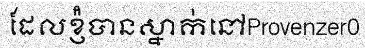
ដែលខ្ញ៉ំបានស្នាក់នៅProvenzer0